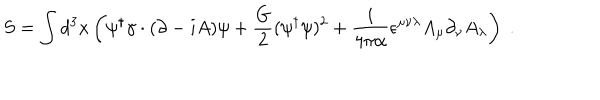
S = \int d ^ { 3 } x \left( \psi ^ { \dagger } \gamma \cdot ( \partial - i A ) \psi + \frac { G } { 2 } ( \psi ^ { \dagger } \psi ) ^ { 2 } + \frac { i } { 4 \pi \alpha } \epsilon ^ { \mu \nu \lambda } A _ { \mu } \partial _ { \nu } A _ { \lambda } \right) \; .